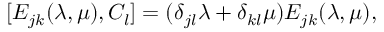
[ E _ { j k } ( \lambda , \mu ) , { C } _ { l } ] = ( \delta _ { j l } \lambda + \delta _ { k l } \mu ) E _ { j k } ( \lambda , \mu ) , \nonumber